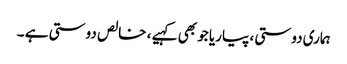
ہماری دوستی ، پیاریا جو بھی کہیے ، خالص دوستی ہے ۔